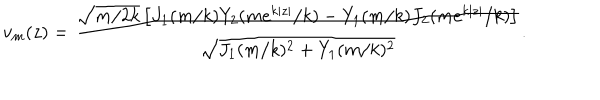
LaTeX: v _ { m } ( z ) = \frac { \sqrt { m / 2 k } \left[ J _ { 1 } ( m / k ) Y _ { 2 } ( m e ^ { k | z | } / k ) - Y _ { 1 } ( m / k ) J _ { 2 } ( m e ^ { k | z | } / k ) \right] } { \sqrt { J _ { 1 } ( m / k ) ^ { 2 } + Y _ { 1 } ( m / k ) ^ { 2 } } } .